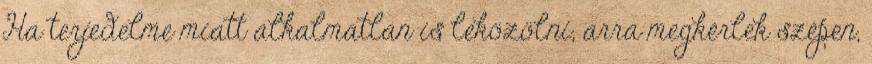
Ha terjedelme miatt alkalmatlan is leközölni, arra megkérlek szépen,